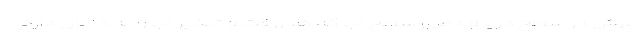
بارش در سطح دریا و دمای سطح آب که هدررفت و تبخیر آب را به دنبال دارد